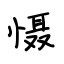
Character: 慑